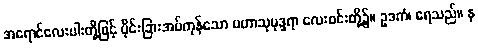
အရောင်လေးပါးတို့ဖြင့် ပိုင်းခြားအပ်ကုန်သော မဟာသုမုဒ္ဒရာ လေးစင်းတို့၌။ ဥဒကံ၊ ရေသည်။ န